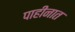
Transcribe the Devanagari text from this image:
पाहीनात